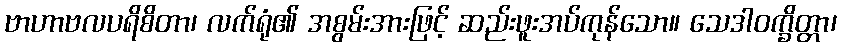
ဗာဟာဗလပရိစိတာ၊ လက်ရုံ၏ အစွမ်းအားဖြင့် ဆည်းဖူးအပ်ကုန်သော။ သေဒါဝက္ခိတ္တာ၊